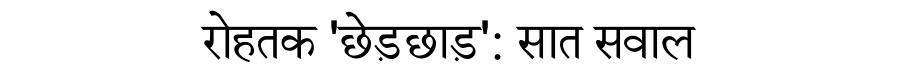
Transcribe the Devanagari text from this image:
रोहतक 'छेड़छाड़': सात सवाल